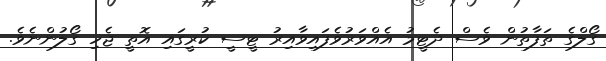
ގޯލްގެ ތަފާތުން ވެސް ދެޓީމު އެއްވަރުވެފައިވާއިރު ޓީސީ ކުރީގައި އޮތީ ޖެހި ގޯލުންނެވެ.